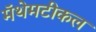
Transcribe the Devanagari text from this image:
मॅथेमटीकल